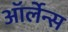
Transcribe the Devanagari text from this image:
ऑर्लेन्स